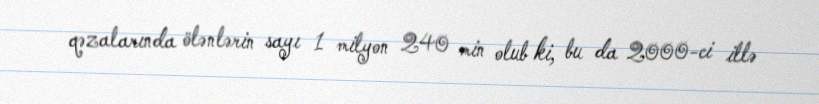
qəzalarında ölənlərin sayı 1 milyon 240 min olub ki, bu da 2000-ci illə